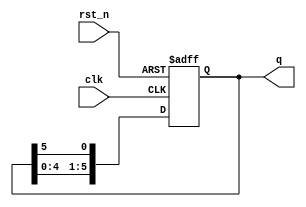
`timescale 1ns / 1ps
//////////////////////////////////////////////////////////////////////////////////
// Company: 
// Engineer: 
// 
// Design Name: 
// Module Name: shifter
// Project Name: 
// Target Devices: 
// Tool Versions: 
// Description: 
// 
// Dependencies: 
// 
// Revision:
// Revision 0.01 - File Created
// Additional Comments:
// 
//////////////////////////////////////////////////////////////////////////////////

module shifter(
    q,
    clk,
    rst_n
);

output [5:0] q;
input clk;
input rst_n;
reg [5:0] q;
reg [5:0] q_tmp;

always @*
begin
    q_tmp[0] <= q[0];
    q_tmp[1] <= q[1];
    q_tmp[2] <= q[2];
    q_tmp[3] <= q[3];
    q_tmp[4] <= q[4];
    q_tmp[5] <= q[5];  
end

always @(posedge clk or negedge rst_n)
begin
    if (~rst_n)
        q <= 6'b000001;
    else begin
        q[1] <= q_tmp[0];
        q[2] <= q_tmp[1];
        q[3] <= q_tmp[2];
        q[4] <= q_tmp[3];
        q[5] <= q_tmp[4];
        q[0] <= q_tmp[5];
    end
end
endmodule